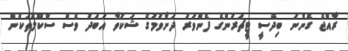
ރާއްޖެ ގެންނަ ބިދޭސީ ޓީޗަރުންގެ ފެންވަރު ދަށްވުމުގެ ޝަކުވާ އަބަދު ވެސް ސްކޫލުތަކުން